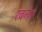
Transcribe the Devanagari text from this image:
रबनेस